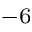
^ { - 6 }